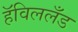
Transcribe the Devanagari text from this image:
हॅविललँड